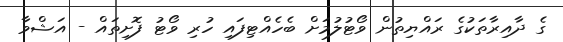
ގެ ދާއިރާތަކުގެ ރައްޔިތުން ވޯޓުލުމަށް ބެހެއްޓިފައި ހުރި ވޯޓު ފޮށިތައް - އަޝްވާ